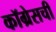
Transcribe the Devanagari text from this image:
कॉग्रेसची